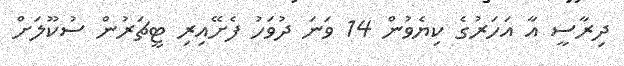
ދިރާސީ އާ އަހަރުގެ ކިޔެވުން 14 ވަނަ ދުވަހު ފެށޭއިރި ޓީޗަރުން ސުކޫލަށް